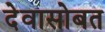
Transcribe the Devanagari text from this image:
देवासोबत